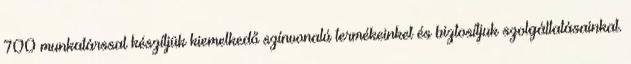
700 munkatárssal készítjük kiemelkedő színvonalú termékeinket és biztosítjuk szolgáltatásainkat.